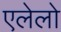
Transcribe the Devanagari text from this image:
एलेलो